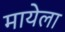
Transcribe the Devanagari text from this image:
मायेला